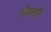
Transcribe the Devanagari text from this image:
निळशी